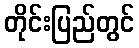
တိုင်းပြည်တွင်